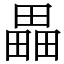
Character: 畾